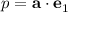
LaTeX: p = \mathbf { a } \cdot \mathbf { e } _ { 1 }